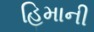
હિમાની